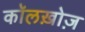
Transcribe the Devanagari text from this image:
कॉलख़ोज़